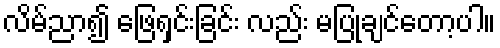
လိမ်ညာ၍ ဖြေရှင်းခြင်း လည်း မပြုချင်တော့ပါ။